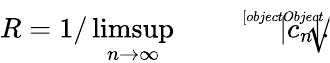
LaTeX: R=1/\operatorname*{limsup}_{n\rightarrow\infty}{\sqrt[[objectObject]]{|c_{n}|}}.